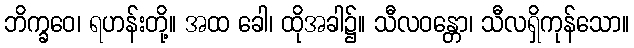
ဘိက္ခဝေ၊ ရဟန်းတို့။ အထ ခေါ၊ ထိုအခါ၌။ သီလဝန္တော၊ သီလရှိကုန်သော။